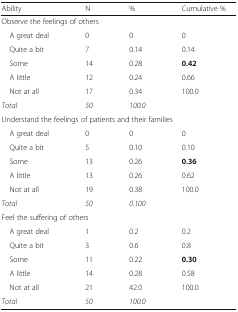
<table><thead><tr><td><b>Ability</b></td><td><b>N</b></td><td><b>%</b></td><td><b>Cumulative %</b></td></tr></thead><tbody><tr><td colspan="4">Observe the feelings of others</td></tr><tr><td> A great deal</td><td>0</td><td>0</td><td>0</td></tr><tr><td> Quite a bit</td><td>7</td><td>0.14</td><td>0.14</td></tr><tr><td> Some</td><td>14</td><td>0.28</td><td><b>0.42</b></td></tr><tr><td> A little</td><td>12</td><td>0.24</td><td>0.66</td></tr><tr><td> Not at all</td><td>17</td><td>0.34</td><td>100.0</td></tr><tr><td><i>Total</i></td><td><i>50</i></td><td><i>100.0</i></td><td></td></tr><tr><td colspan="4">Understand the feelings of patients and their families</td></tr><tr><td> A great deal</td><td>0</td><td>0</td><td>0</td></tr><tr><td> Quite a bit</td><td>5</td><td>0.10</td><td>0.10</td></tr><tr><td> Some</td><td>13</td><td>0.26</td><td><b>0.36</b></td></tr><tr><td> A little</td><td>13</td><td>0.26</td><td>0.62</td></tr><tr><td> Not at all</td><td>19</td><td>0.38</td><td>100.0</td></tr><tr><td><i>Total</i></td><td><i>50</i></td><td><i>0.100</i></td><td></td></tr><tr><td colspan="4">Feel the suffering of others</td></tr><tr><td> A great deal</td><td>1</td><td>0.2</td><td>0.2</td></tr><tr><td> Quite a bit</td><td>3</td><td>0.6</td><td>0.8</td></tr><tr><td> Some</td><td>11</td><td>0.22</td><td><b>0.30</b></td></tr><tr><td> A little</td><td>14</td><td>0.28</td><td>0.58</td></tr><tr><td> Not at all</td><td>21</td><td>42.0</td><td>100.0</td></tr><tr><td><i>Total</i></td><td><i>50</i></td><td><i>100.0</i></td><td></td></tr></tbody></table>